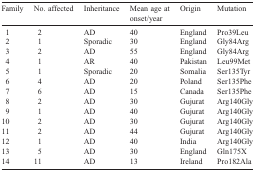
<table><thead><tr><td><b>Family</b></td><td><b>No. affected</b></td><td><b>Inheritance</b></td><td><b>Mean age at onset/year</b></td><td><b>Origin</b></td><td><b>Mutation</b></td></tr></thead><tbody><tr><td>1</td><td>2</td><td>AD</td><td>40</td><td>England</td><td>Pro39Leu</td></tr><tr><td>2</td><td>1</td><td>Sporadic</td><td>30</td><td>England</td><td>Gly84Arg</td></tr><tr><td>3</td><td>2</td><td>AD</td><td>55</td><td>England</td><td>Gly84Arg</td></tr><tr><td>4</td><td>1</td><td>AR</td><td>40</td><td>Pakistan</td><td>Leu99Met</td></tr><tr><td>5</td><td>1</td><td>Sporadic</td><td>20</td><td>Somalia</td><td>Ser135Tyr</td></tr><tr><td>6</td><td>4</td><td>AD</td><td>20</td><td>Poland</td><td>Ser135Phe</td></tr><tr><td>7</td><td>6</td><td>AD</td><td>15</td><td>Canada</td><td>Ser135Phe</td></tr><tr><td>8</td><td>2</td><td>AD</td><td>30</td><td>Gujurat</td><td>Arg140Gly</td></tr><tr><td>9</td><td>1</td><td>AD</td><td>40</td><td>Gujurat</td><td>Arg140Gly</td></tr><tr><td>10</td><td>2</td><td>AD</td><td>30</td><td>Gujurat</td><td>Arg140Gly</td></tr><tr><td>11</td><td>2</td><td>AD</td><td>44</td><td>Gujurat</td><td>Arg140Gly</td></tr><tr><td>12</td><td>1</td><td>AD</td><td>40</td><td>India</td><td>Arg140Gly</td></tr><tr><td>13</td><td>5</td><td>AD</td><td>30</td><td>England</td><td>Gln175X</td></tr><tr><td>14</td><td>11</td><td>AD</td><td>13</td><td>Ireland</td><td>Pro182Ala</td></tr></tbody></table>